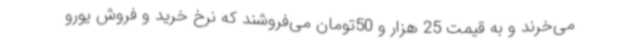
می‌خرند و به قیمت 25 هزار و 50تومان می‌فروشند که نرخ خرید و فروش یورو